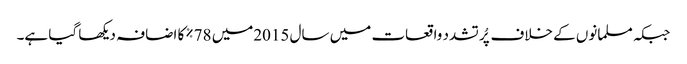
جبکہ مسلمانوں کے خلاف پُر تشدد واقعات میں سال 2015میں 78%کا اضافہ دیکھا گیا ہے۔